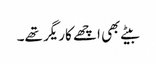
بیٹے بھی اچھے کاریگر تھے۔